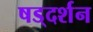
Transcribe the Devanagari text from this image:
षड्‌दर्शन